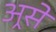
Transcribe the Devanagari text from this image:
अ्रसे